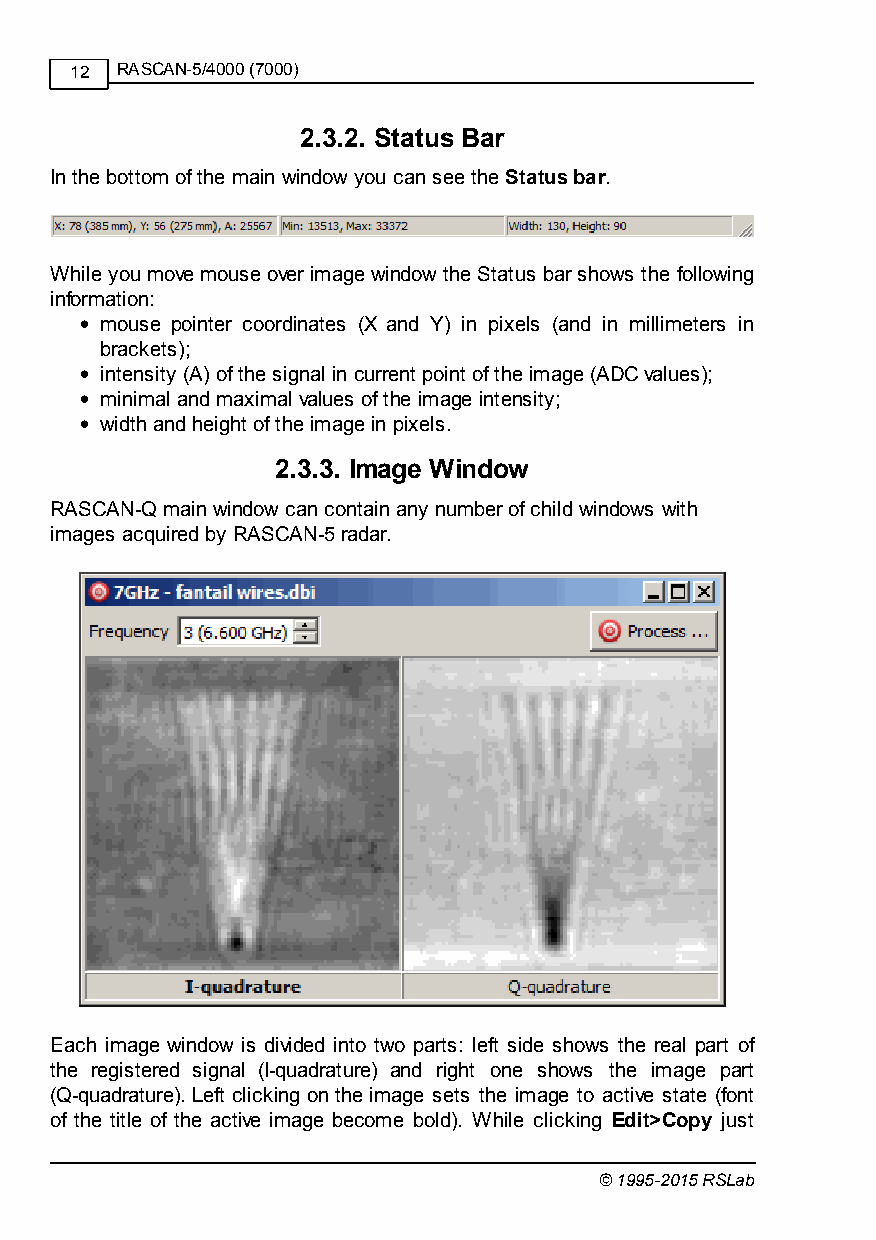
12 RASCAN-5/4000 (7000)
 2.3.2. Status Bar
 In the bottom of the main window you can see the Status bar.
 While you move mouse over image window the Status bar shows the following
 information:
 mouse pointer coordinates (X and Y) in pixels (and in millimeters in
 brackets);
 intensity (A) of the signal in current point of the image (ADC values);
 minimal and maximal values of the image intensity;
 width and height of the image in pixels.
 2.3.3. Image Window
 RASCAN-Q main window can contain any number of child windows with
 images acquired by RASCAN-5 radar.
 Each image window is divided into two parts: left side shows the real part of
 the registered signal (I-quadrature) and right one shows the image part
 (Q-quadrature). Left clicking on the image sets the image to active state (font
 of the title of the active image become bold). While clicking Edit>Copy just
 © 1995-2015 RSLab